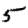
Digit: 5